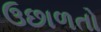
ઉછાળતો